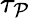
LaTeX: \tau_{\mathcal{P}}